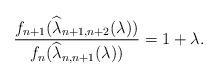
LaTeX: \begin{align*} \frac{f_{n+1}(\widehat{\lambda}_{n+1,n+2}(\lambda))}{f_{n}(\widehat{\lambda}_{n,n+1}(\lambda))}=1+\lambda.\end{align*}